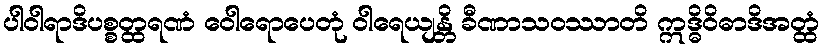
ပါဝါရာဒိပစ္စတ္ထရဏံ ဝေါရောပေတုံ ဝါရေယျန္တိ ခီဏာသဝဿာတိ ဣဒ္ဓိဝိဓာဒိအတ္ထံ